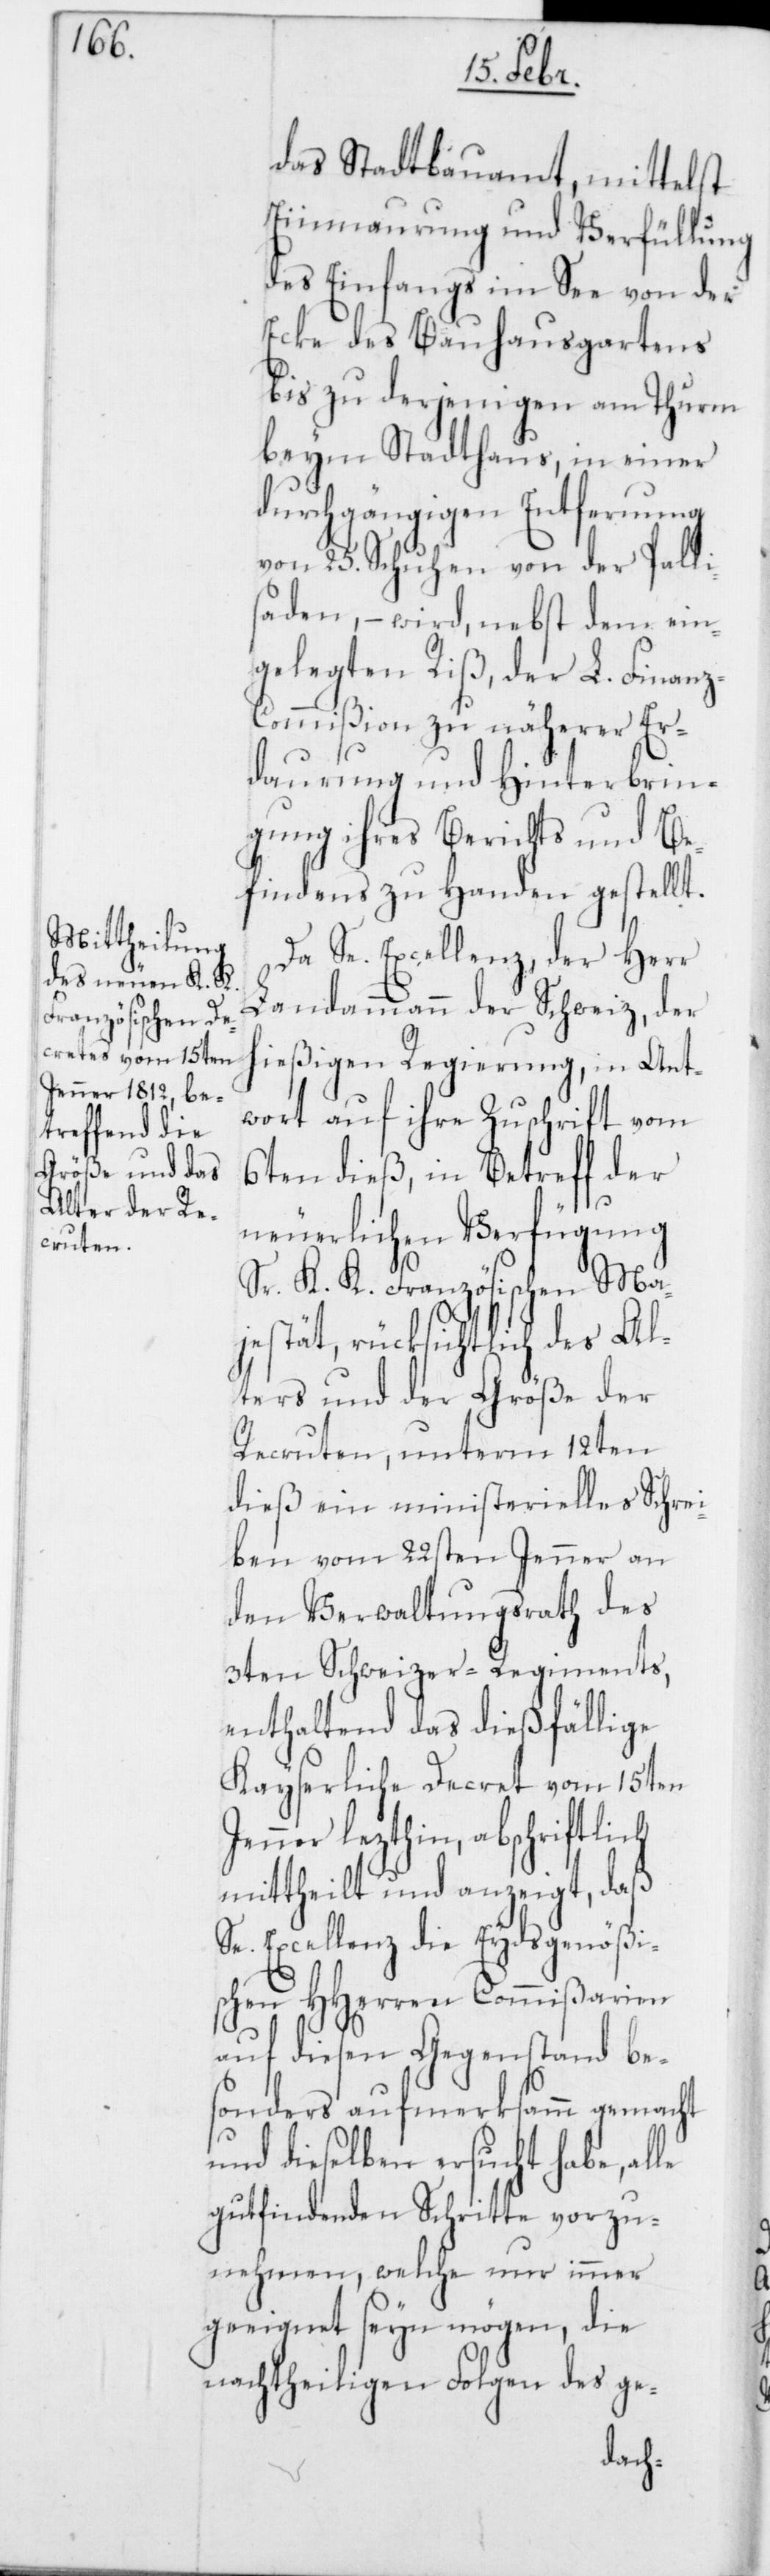
das Stadtbauamt, mittelst
Einmaurung und Verfüllung
des Einfangs im See von der
Ecke des Bauhausgartens
bis zu derjenigen am Thurm
beym Stadthaus, in einer
durchgängigen Entfernung
von 25. Schuhen von der Palli¬
saden, – wird nebst dem ein¬
gelegten Riß, der L. Finanz-C¬
ommißion zu näherer Er¬
daurung und Hinterbrin¬
gung ihres Berichts und Be¬
findens zu Handen gestellt.
Da Se. Excellenz, der Herr
Landammann der Schweiz, der
hießigen Regierung, in Ant¬
wort auf ihre Zuschrift vom
6ten dieß, in Betreff der
neuerlichen Verfügung
Sr. K. K. Französischen Ma¬
jestät, rüksichtlich des Al¬
ters und der Größe der
Recruten, unterm 12ten
dieß ein ministerielles Schrei¬
ben vom 22sten Jenner an
den Verwaltungsrath des
3ten Schweizer-Regiments,
enthaltend das dießfällige
Kayserliche Decret vom 15ten
Jenner lezthin, abschriftlich
mittheilt und anzeigt, daß
Se. Excellenz, die Eydsgenößi¬
schen HHerren Commißarien
auf diesen Gegenstand be¬
sonders aufmerksamm gemacht
und dieselben ersucht habe, alle
gut findenden Schritte vorzu¬
nehmen, welche nur immer
geeignet seyn mögen, die
nachtheiligen Folgen des ge-